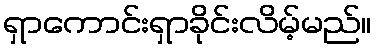
ရှာကောင်းရှာခိုင်းလိမ့်မည်။